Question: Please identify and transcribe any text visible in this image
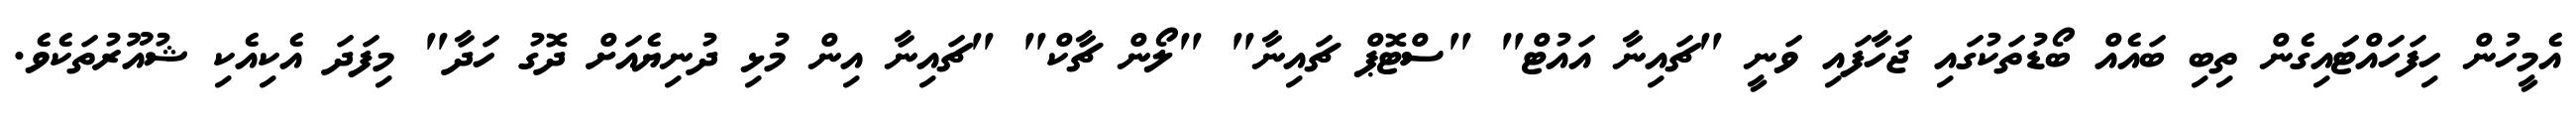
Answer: އެމީހުން ހިފަހައްޓައިގެން ތިބި ބައެއް ބޯޑުތަކުގައި ޖަހާފައި ވަނީ "ޗައިނާ އައުޓް" "ސްޓޮޕް ޗައިނާ" "ލޯން ޗާކް" "ޗައިނާ އިން މުޅި ދުނިޔެއަށް ދޮގު ހަދާ" މިފަދަ އެކިއެކި ޝުއޫރުތަކެވެ.